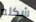
شكله